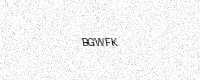
Text: BGWFK